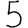
Digit: 5